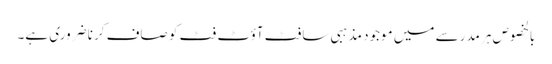
بالخصوص ہر مدرسے میں موجود مذہبی سافٹ آؤٹ فٹ کو صاف کرنا ضروری ہے۔